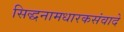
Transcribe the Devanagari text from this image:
सिद्धनामधारकसंवादे